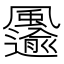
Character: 𩙋